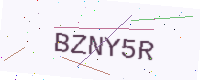
Text: BZNY5R